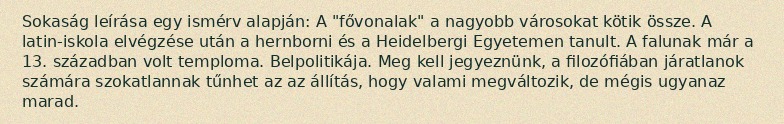
Sokaság leírása egy ismérv alapján: A "fővonalak" a nagyobb városokat kötik össze. A latin-iskola elvégzése után a hernborni és a Heidelbergi Egyetemen tanult. A falunak már a 13. században volt temploma. Belpolitikája. Meg kell jegyeznünk, a filozófiában járatlanok számára szokatlannak tűnhet az az állítás, hogy valami megváltozik, de mégis ugyanaz marad.